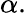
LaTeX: \alpha.